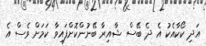
އަދި ކޯކާއެކު އެ ދެ ބޭސް ޝާއިރާ ބޭނުންކޮށްފައިވާ ކަމަށް ވެސް އެ